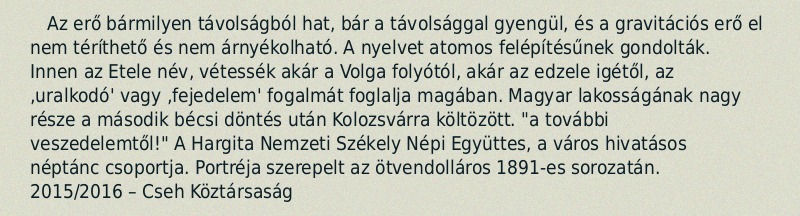
Az erő bármilyen távolságból hat, bár a távolsággal gyengül, és a gravitációs erő el nem téríthető és nem árnyékolható. A nyelvet atomos felépítésűnek gondolták. Innen az Etele név, vétessék akár a Volga folyótól, akár az edzele igétől, az ‚uralkodó' vagy ‚fejedelem' fogalmát foglalja magában. Magyar lakosságának nagy része a második bécsi döntés után Kolozsvárra költözött. "a további veszedelemtől!" A Hargita Nemzeti Székely Népi Együttes, a város hivatásos néptánc csoportja. Portréja szerepelt az ötvendolláros 1891-es sorozatán. 2015/2016 – Cseh Köztársaság